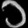
Digit: ၁